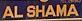
al